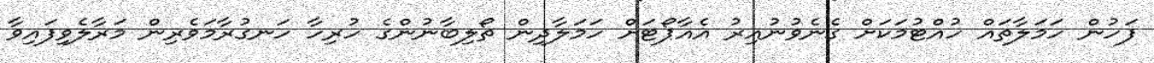
ފަހުން ހަމަލާތައް ހުއްޓުމަކަށް ގެނެވުނުއިރު އެއާޕޯޓަށް ހަމަލާދިން ތޯލިބާނުންގެ ހުރިހާ ހަނގުރާމަވެރިން މަރާލެވިފައިވާ